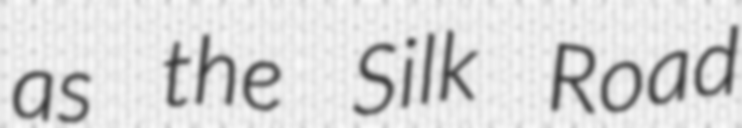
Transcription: as the Silk Road